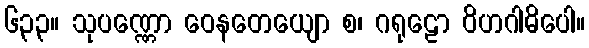
၆၃၃။ သုပဏ္ဏော ဝေနတေယျော စ၊ ဂရုဠော ဝိဟဂါဓိပေါ။